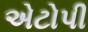
એટોપી